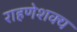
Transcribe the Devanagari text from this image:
राहणेशक्य